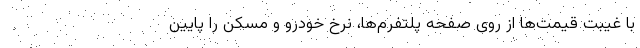
با غیبت قیمت‌ها از روی صفحه پلتفرم‌ها، نرخ خودرو و مسکن را پایین